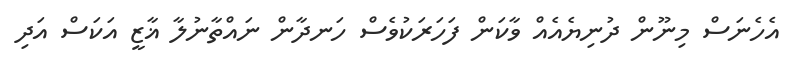
އެހެނަސް މިނޫން ދުނިޔެއެއް ވާކަން ފަހަރަކުވެސް ހަނދާން ނައްތާނުލާ ޣާޒީ އަކަސް އަދި